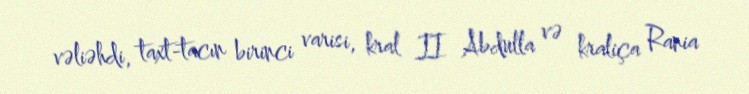
vəliəhdi, taxt-tacın birinci varisi, kral II Abdulla və kraliça Rania